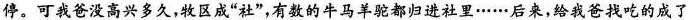
停。可我爸没高兴多久，牧区成”社”，有数的牛马羊驼都归进社里……后来，给我爸找吃的成了